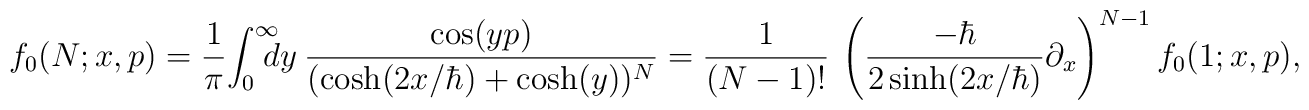
f_0(N;x,p)={1\over \pi}\!  \int^{\infty}_0\! \!  \!  \!  dy ~ {\cos(yp) \over (\cosh(2x/\hbar )+\cosh(y))^N }  ={1\over (N-1)!}~ \left(\frac{-\hbar}{2 \sinh(2x/\hbar )}  \partial_x\right)^{N-1} f_0(1;x,p),